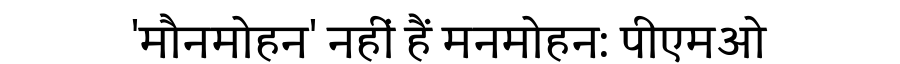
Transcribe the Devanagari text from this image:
'मौनमोहन' नहीं हैं मनमोहन: पीएमओ